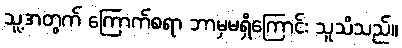
သူ့အတွက် ကြောက်စရာ ဘာမှမရှိကြောင်း သူသိသည်။